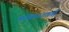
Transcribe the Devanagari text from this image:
भगवानशास्त्री